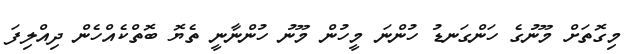
މިގޮތަށް މޫނުގެ ހަންގަނޑު ހުންނަ މީހުން މޫނު ހުންނާނީ ތެޔޮ ބޮތްކެއްހެން ދިއްލިފަ